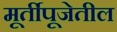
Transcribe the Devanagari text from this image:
मूर्तीपूजेतील